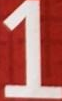
1